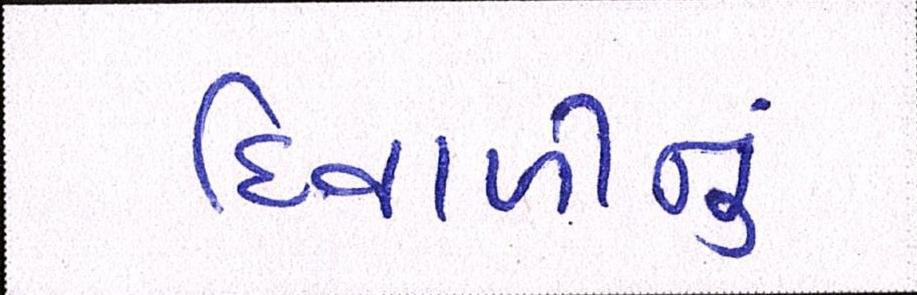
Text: દિવાળીનું